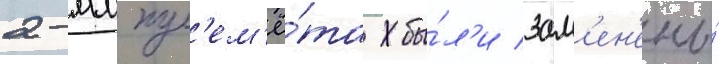
2-мм пул'ем'ё́та бы́л'и зам'ен'ены́